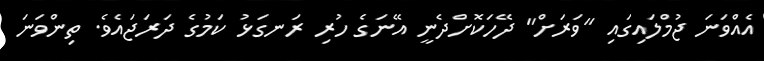
އެއްވަނަ ޖުމްލައިގައި "ވަރަށް" ދޭހަކޮށްދެނީ އޭނަގެ ހުރި ރަނގަޅު ކަމުގެ ދަރަޖައެވެ. ތިންވަނަ